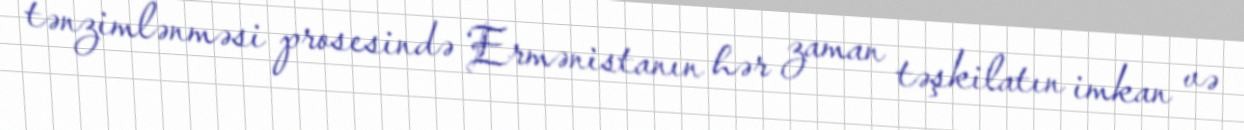
tənzimlənməsi prosesində Ermənistanın hər zaman təşkilatın imkan və